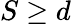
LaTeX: S\ge d